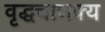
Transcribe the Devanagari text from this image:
वृद्धचाणक्य